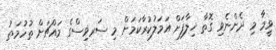
ވީމާ މި ދެންނެވި ގޮތާ ޚިލާފަށް އަމަލުކުރާކަމަށް މި ސަރވިސްގެ މައްޗަށް ތުހުމަތު